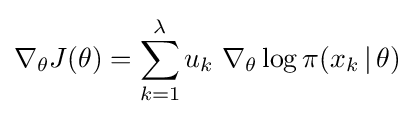
\nabla _{\theta }J(\theta )=\sum _{k=1}^{\lambda }u_{k}\;\nabla _{\theta }\log \pi (x_{k}\,|\,\theta )